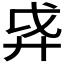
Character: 𫸗